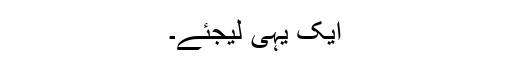
ایک یہی لیجئے۔